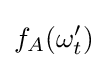
f_{A}(\omega _{t}')